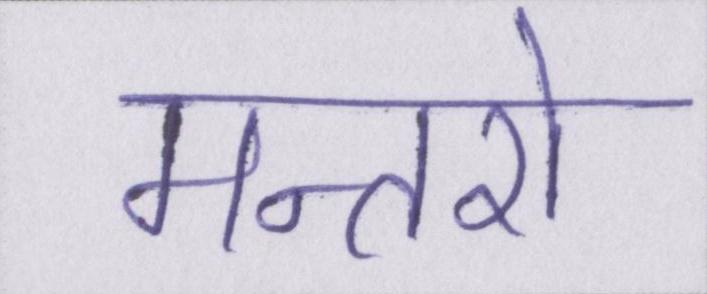
मन्तरो